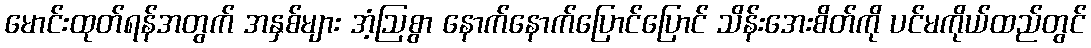
မောင်းထုတ်ရန်အတွက် အနှစ်များ အံ့ဩစွာ နောက်နောက်ပြောင်ပြောင် သိန်းအေးစိတ်ကို ပင်မကိုယ်ထည်တွင်